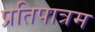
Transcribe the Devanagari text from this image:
प्रतिपात्रम